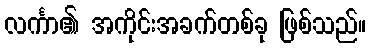
လင်္ကာ၏ အကိုင်းအခက်တစ်ခု ဖြစ်သည်။